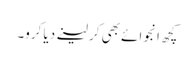
کچھ انجوائے بھی کر لینے دیا کرو۔